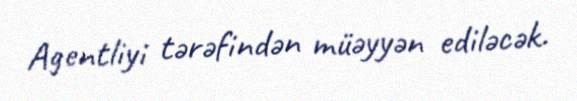
Agentliyi tərəfindən müəyyən ediləcək.